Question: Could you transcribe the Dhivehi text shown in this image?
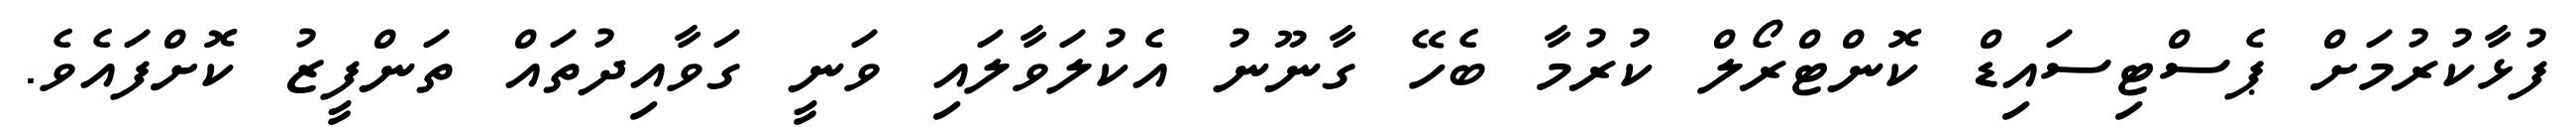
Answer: ފުޅާކުރުމަށް ޕެސްޓިސައިޑް ކޮންޓްރޯލް ކުރުމާ ބެހޭ ގާނޫނު އެކުލަވާލައި ވަނީ ގަވާއިދުތައް ތަންފީޒު ކޮށްފައެވެ.